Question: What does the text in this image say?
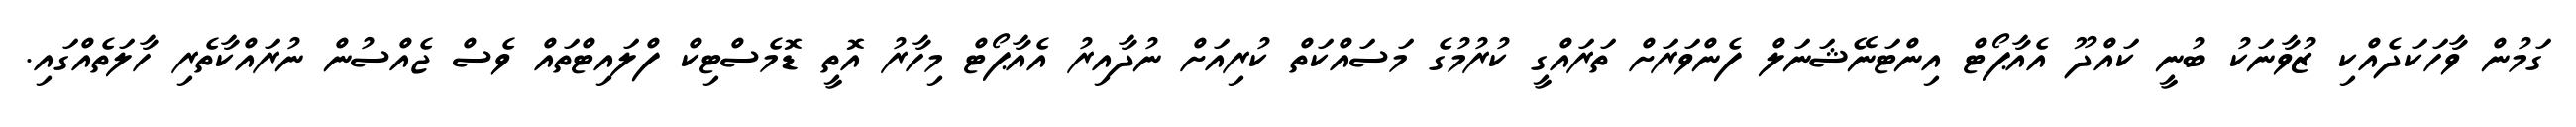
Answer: ގަމުން ވާހަކަދެއްކި ޒުވާނަކު ބުނީ ކައްދޫ އެއާޕޯޓް އިންޓަނޭޝަނަލް ފެންވަރަށް ތަރައްގީ ކުރުމުގެ މަސައްކަތް ކުރިއަށް ނުދާއިރު އެއާޕޯޓް މިހާރު އޮތީ ޑޮމެސްޓިކް ފްލައިޓްތައް ވެސް ޖެއްސުން ނުރައްކާތެރި ހާލަތެއްގައި.